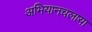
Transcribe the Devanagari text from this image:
अभियानचलाया